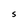
Character: s